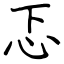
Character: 忑